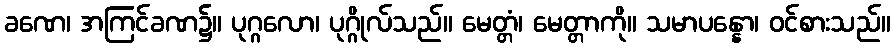
ခဏေ၊ အကြင်ခဏ၌။ ပုဂ္ဂလော၊ ပုဂ္ဂိုလ်သည်။ မေတ္တံ၊ မေတ္တာကို။ သမာပန္နော၊ ဝင်စားသည်။